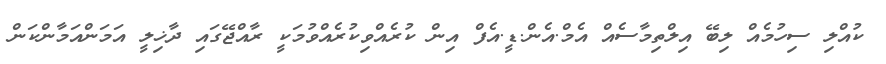
ކުއްލި ސިހުމެއް ލިބޭ އިލްތިމާސެއް އެމް.އެން.ޑީ.އެފް އިން ކުރެއްވިކުރެއްވުމަކީ ރާއްޖޭގައި ދާޚިލީ އަމަންއަމާންކަން